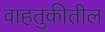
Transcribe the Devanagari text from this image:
वाहतुकीतील